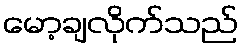
မော့ချလိုက်သည်